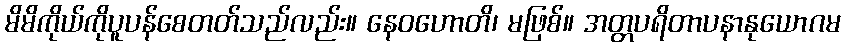
မိမိကိုယ်ကိုပူပန်စေတတ်သည်လည်း။ နေဝဟောတိ၊ မဖြစ်။ အတ္တပရိတာပနာနုယောဂမ